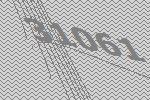
31061